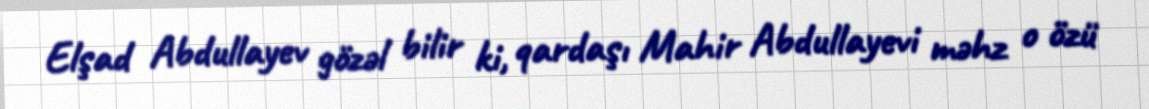
Elşad Abdullayev gözəl bilir ki, qardaşı Mahir Abdullayevi məhz o özü